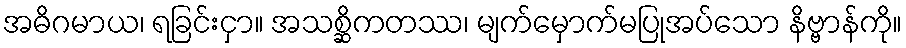
အဓိဂမာယ၊ ရခြင်းငှာ။ အသစ္ဆိကတဿ၊ မျက်မှောက်မပြုအပ်သော နိဗ္ဗာန်ကို။